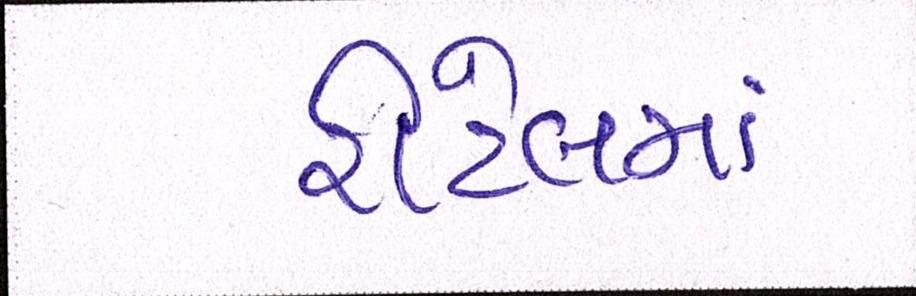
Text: રીટેલમાં